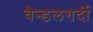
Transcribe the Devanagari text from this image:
वैन्डलगर्दी